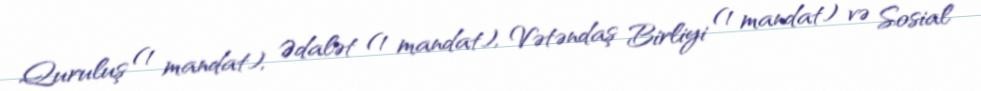
Quruluş (1 mandat), Ədalət (1 mandat), Vətəndaş Birliyi (1 mandat) və Sosial